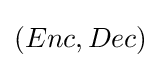
(Enc,Dec)